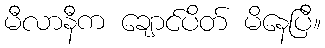
မီလာနီက ချောင်ပိတ် မိနေပြီ။